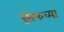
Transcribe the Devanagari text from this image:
रूसेफच्या